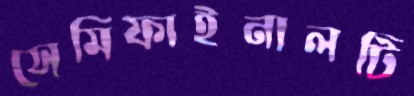
সেমিফাইনালটি